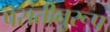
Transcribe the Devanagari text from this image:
पसंतीनुरूप